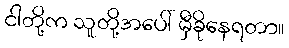
ငါတို့က သူတို့အပေါ် မှီခိုနေရတာ။